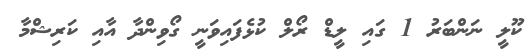
ކޫލީ ނަންބަރު 1 ގައި ލީޑް ރޯލް ކުޅެފައިވަނީ ގޯވިންދާ އާއި ކަރިޝްމާ